Civil Veterinary Dept. Assam report 1911-1927 - 1911-1927
Year: 1911
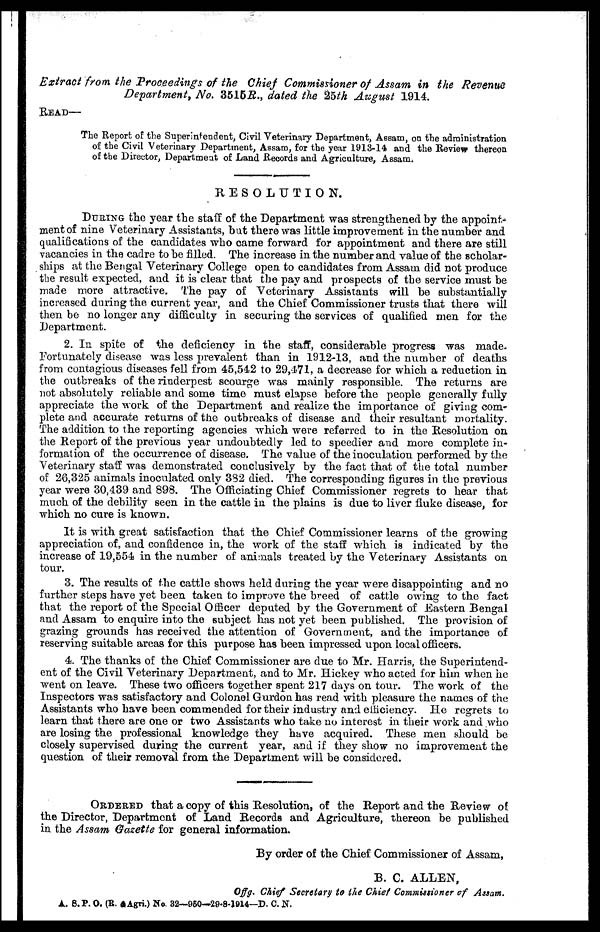
Extract from the Proceedings of the Chief Commissioner of Assam in the Revenue
Department, No. 35152R., dated the 25th August 1914.
READ—
The Report of the Superintendent, Civil Veterinary Department, Assam, on the administration
of the Civil Veterinary Department, Assam, for the year 1913-14 and the Review thereon
of the Director, Department of Land .Records and Agriculture, Assam.
RESOLUTION.
DURING the year the staff of the Department was strengthened by the appoint-
ment of nine Veterinary Assistants, but there was little improvement in the number and
qualifications of the candidates who came forward for appointment and there are still
vacancies in the cadre to be filled. The increase in the number and value of the scholar-
ships at the Bengal Veterinary College open to candidates from Assam did not produce
the result expected, and it is clear that the pay and prospects of the service must be
made more attractive. The pay of Veterinary Assistants will be substantially
increased during the current year, and the Chief Commissioner trusts that there will
then be no longer any difficulty in securing the services of qualified men for the
Department.
2. In spite of the deficiency in the staff, considerable progress was made.
Fortunately disease was less prevalent than in 1912-13, and the number of deaths
from contagious diseases fell from 45,542 to 29,471, a decrease for which a reduction in
the outbreaks of the rinderpest scourge was mainly responsible. The returns are
not absolutely reliable and some time must elapse before the people generally fully
appreciate the work of the Department and realize the importance of giving com-
plete and accurate returns of the outbreaks of disease and their resultant mortality.
The addition to the reporting agencies which were referred to in the Resolution on
the Report of the previous year undoubtedly led to speedier and more complete in-
formation of the occurrence of disease. The value of the inoculation performed by the
Veterinary staff was demonstrated conclusively by the fact that of the total number
of 26,325 animals inoculated only 332 died. The corresponding figures in the previous
year were 30,439 and 898. The Officiating Chief Commissioner regrets to hear that
much of the debility seen in the cattle in the plains is due to liver fluke disease, for
which no cure is known.
It is with great satisfaction that the Chief Commissioner learns of the growing
appreciation of. and confidence in, the work of the staff which is indicated by the
increase of 19,554 in the number of animals treated by the Veterinary Assistants on
tour.
3. The results of the cattle shows held during the year were disappointing and no
further steps have yet been taken to improve the breed of cattle owing to the fact
that the report of the Special Officer deputed by the Government of Eastern Bengal
and Assam to enquire into the subject has not yet been published. The provision of
grazing grounds has received the attention of Government, and the importance of
reserving suitable areas for this purpose has been impressed upon local officers.
4. The thanks of the Chief Commissioner are due to Mr. Harris, the Superintend-
ent of the Civil Veterinary Department, and to Mr. Hickey who acted for him when he
went on leave. These two officers together spent 217 days on tour. The work of the
Inspectors was satisfactory and Colonel Gurdon has read with pleasure the names of the
Assistants who have been commended for their industry and efficiency. He regrets to
learn that there are one or two Assistants who take no interest in their work and who
are losing the professional knowledge they have acquired. These men should be
closely supervised during the current year, and if they show no improvement the
question of their removal from the Department will be considered.
ORDERED that a copy of this Resolution, of the Report and the Review of
the Director, Department of Land Records and Agriculture, thereon be published
in the Assam Gazette for general information.
By order of the Chief Commissioner of Assam,
B. C. ALLEN,
Off g. Chief Secretary to the Chief Commissioner of Assam.
A. S.P. 0. (R. &Agri.) No, 32—950—29-8-1914—D. C. N.